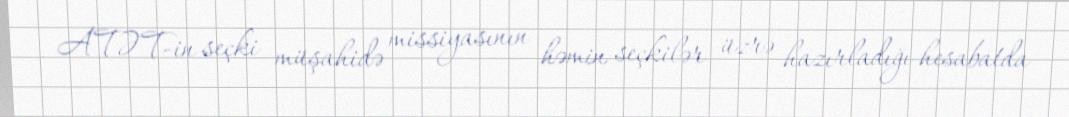
ATƏT-in seçki müşahidə missiyasının həmin seçkilər üzrə hazırladığı hesabatda